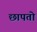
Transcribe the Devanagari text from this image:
छापतो